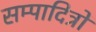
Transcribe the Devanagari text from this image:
सम्पादित्रों